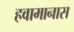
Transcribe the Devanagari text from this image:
हवामानास